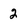
Character: 2